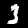
Digit: 3